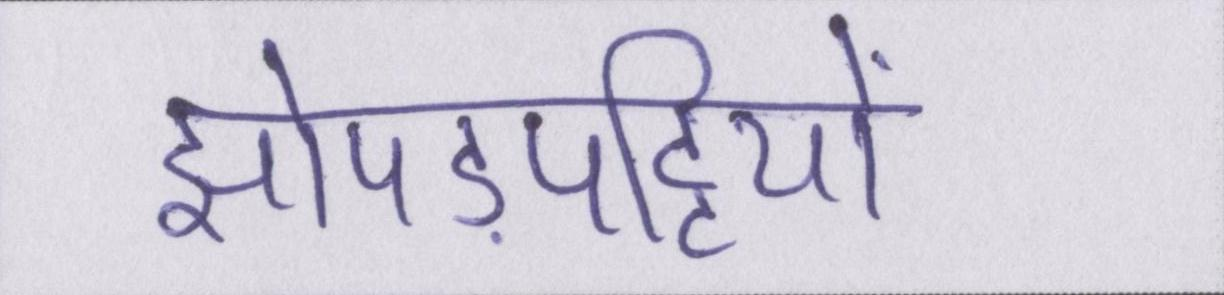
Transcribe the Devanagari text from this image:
झोपड़पट्टियों